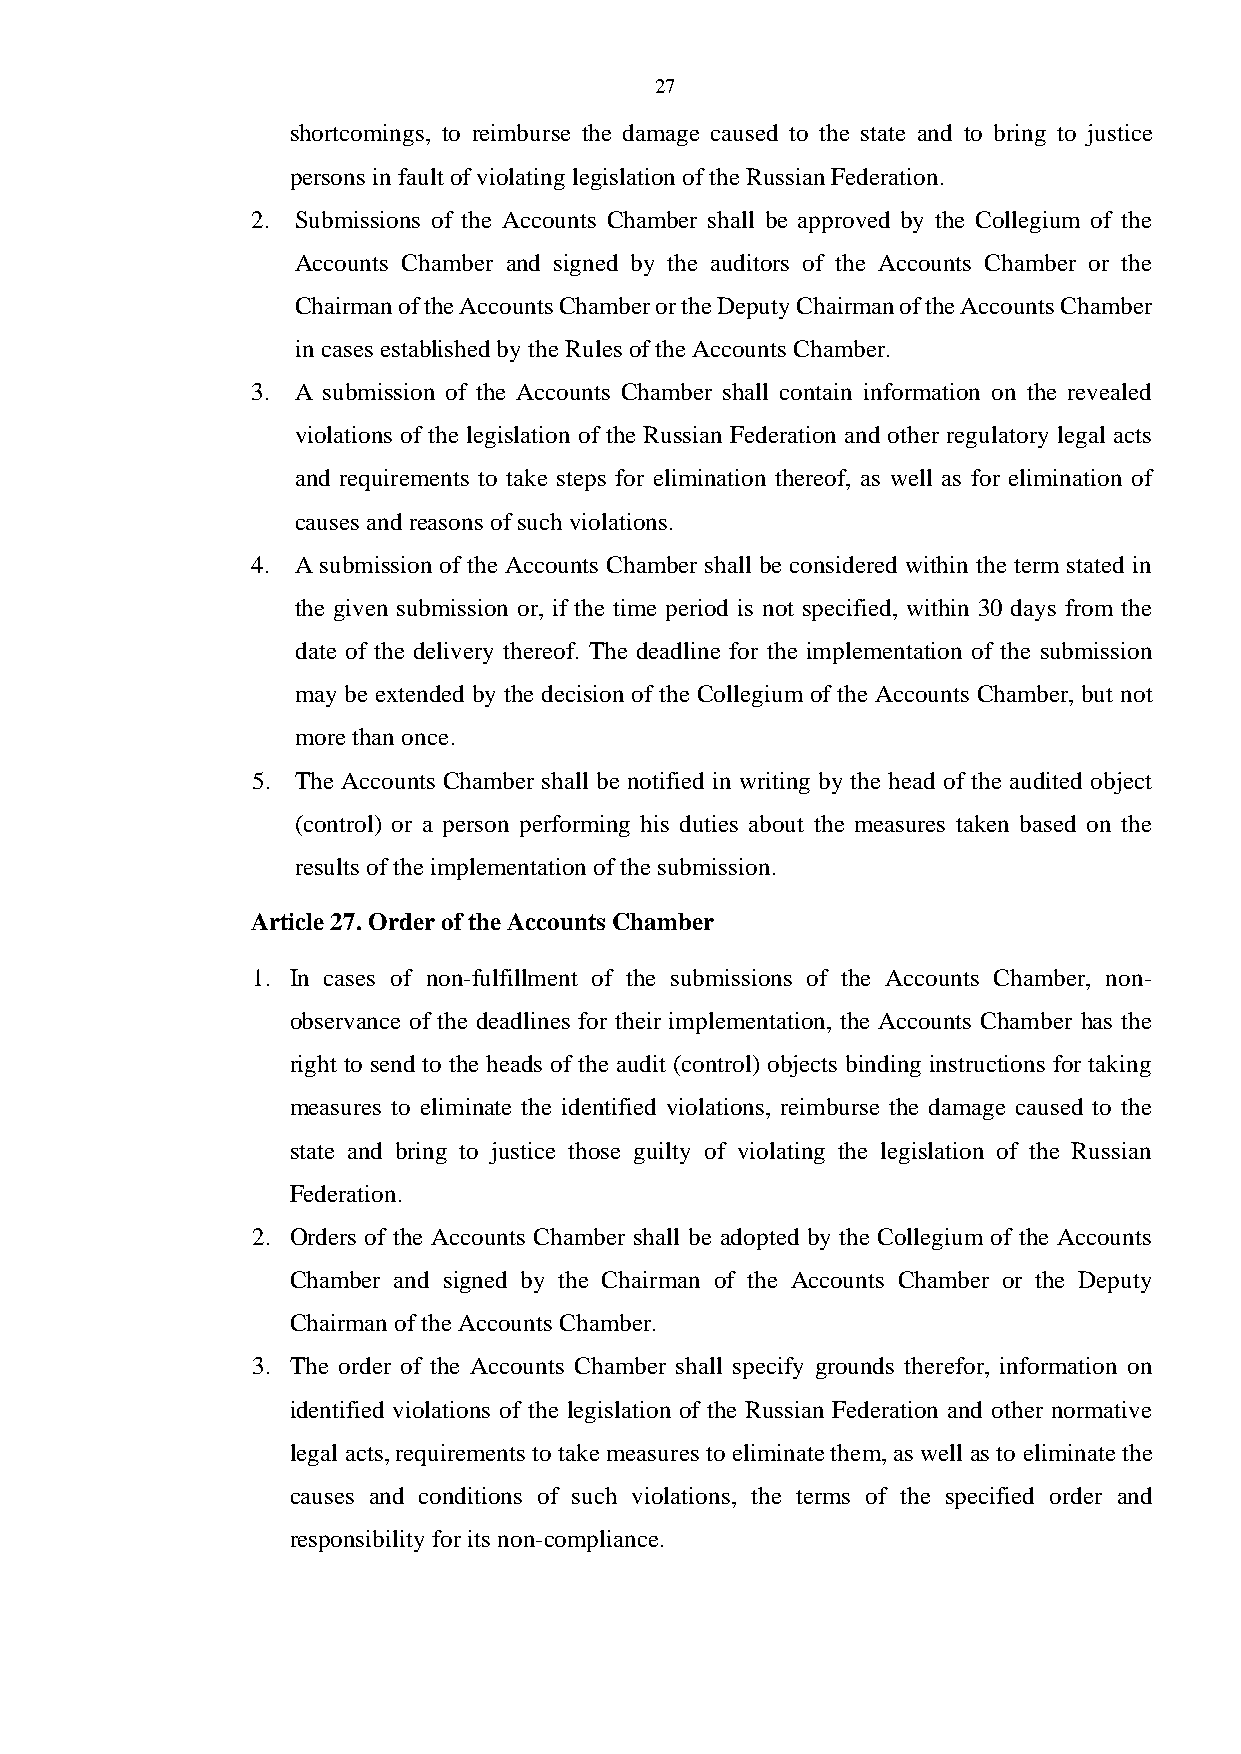
27
 shortcomings, to reimburse the damage caused to the state and to bring to justice
 persons in fault of violating legislation of the Russian Federation.
 2. Submissions of the Accounts Chamber shall be approved by the Collegium of the
 Accounts Chamber and signed by the auditors of the Accounts Chamber or the
 Chairman of the Accounts Chamber or the Deputy Chairman of the Accounts Chamber
 in cases established by the Rules of the Accounts Chamber.
 3. A submission of the Accounts Chamber shall contain information on the revealed
 violations of the legislation of the Russian Federation and other regulatory legal acts
 and requirements to take steps for elimination thereof, as well as for elimination of
 causes and reasons of such violations.
 4. A submission of the Accounts Chamber shall be considered within the term stated in
 the given submission or, if the time period is not specified, within 30 days from the
 date of the delivery thereof. The deadline for the implementation of the submission
 may be extended by the decision of the Collegium of the Accounts Chamber, but not
 more than once.
 5. The Accounts Chamber shall be notified in writing by the head of the audited object
 (control) or a person performing his duties about the measures taken based on the
 results of the implementation of the submission.
 Article 27. Order of the Accounts Chamber
 1. In cases of non-fulfillment of the submissions of the Accounts Chamber, non-
 observance of the deadlines for their implementation, the Accounts Chamber has the
 right to send to the heads of the audit (control) objects binding instructions for taking
 measures to eliminate the identified violations, reimburse the damage caused to the
 state and bring to justice those guilty of violating the legislation of the Russian
 Federation.
 2. Orders of the Accounts Chamber shall be adopted by the Collegium of the Accounts
 Chamber and signed by the Chairman of the Accounts Chamber or the Deputy
 Chairman of the Accounts Chamber.
 3. The order of the Accounts Chamber shall specify grounds therefor, information on
 identified violations of the legislation of the Russian Federation and other normative
 legal acts, requirements to take measures to eliminate them, as well as to eliminate the
 causes and conditions of such violations, the terms of the specified order and
 responsibility for its non-compliance.